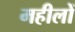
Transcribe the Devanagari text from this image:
महीलों